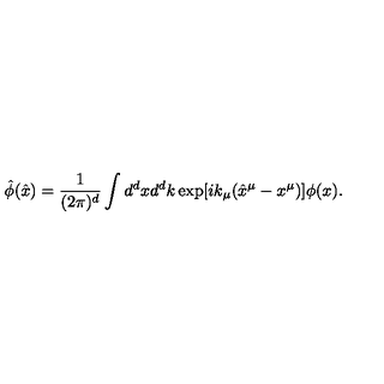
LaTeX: { \hat { \phi } } ( { \hat { x } } ) = \frac { 1 } { ( 2 \pi ) ^ { d } } \int d ^ { d } x d ^ { d } k \exp [ i k _ { \mu } ( { \hat { x } } ^ { \mu } - x ^ { \mu } ) ] \phi ( x ) .